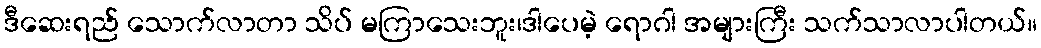
ဒီဆေးရည် သောက်လာတာ သိပ် မကြာသေးဘူး၊ဒါပေမဲ့ ရောဂါ အများကြီး သက်သာလာပါတယ်။